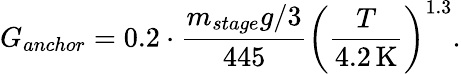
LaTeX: G_{anchor}=0.2\cdot\frac{m_{stage}g/3}{445}\left(\frac{T}{4.2\, \mathrm{K}}\right)^{1.3}.